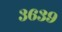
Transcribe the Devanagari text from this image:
३६३९